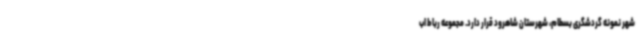
شهر نمونه گردشگری بسطام، شهرستان شاهرود قرار دارد. مجموعه رباط اب